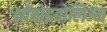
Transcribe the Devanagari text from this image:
थ्रोंबोइबोलिज्म